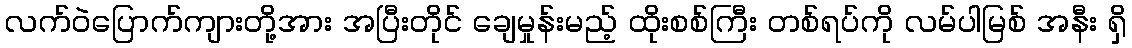
လက်ဝဲပြောက်ကျားတို့အား အပြီးတိုင် ချေမှုန်းမည့် ထိုးစစ်ကြီး တစ်ရပ်ကို လမ်ပါမြစ် အနီး ရှိ